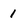
Character: 1